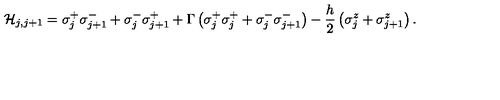
{ \cal H } _ { j , j + 1 } = \sigma _ { j } ^ { + } \sigma _ { j + 1 } ^ { - } + \sigma _ { j } ^ { - } \sigma _ { j + 1 } ^ { + } + \Gamma \left( \sigma _ { j } ^ { + } \sigma _ { j } ^ { + } + \sigma _ { j } ^ { - } \sigma _ { j + 1 } ^ { - } \right) - \frac { h } { 2 } \left( \sigma _ { j } ^ { z } + \sigma _ { j + 1 } ^ { z } \right) .